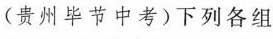
（贵州毕节中考）下列各组